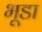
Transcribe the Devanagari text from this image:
भूडा